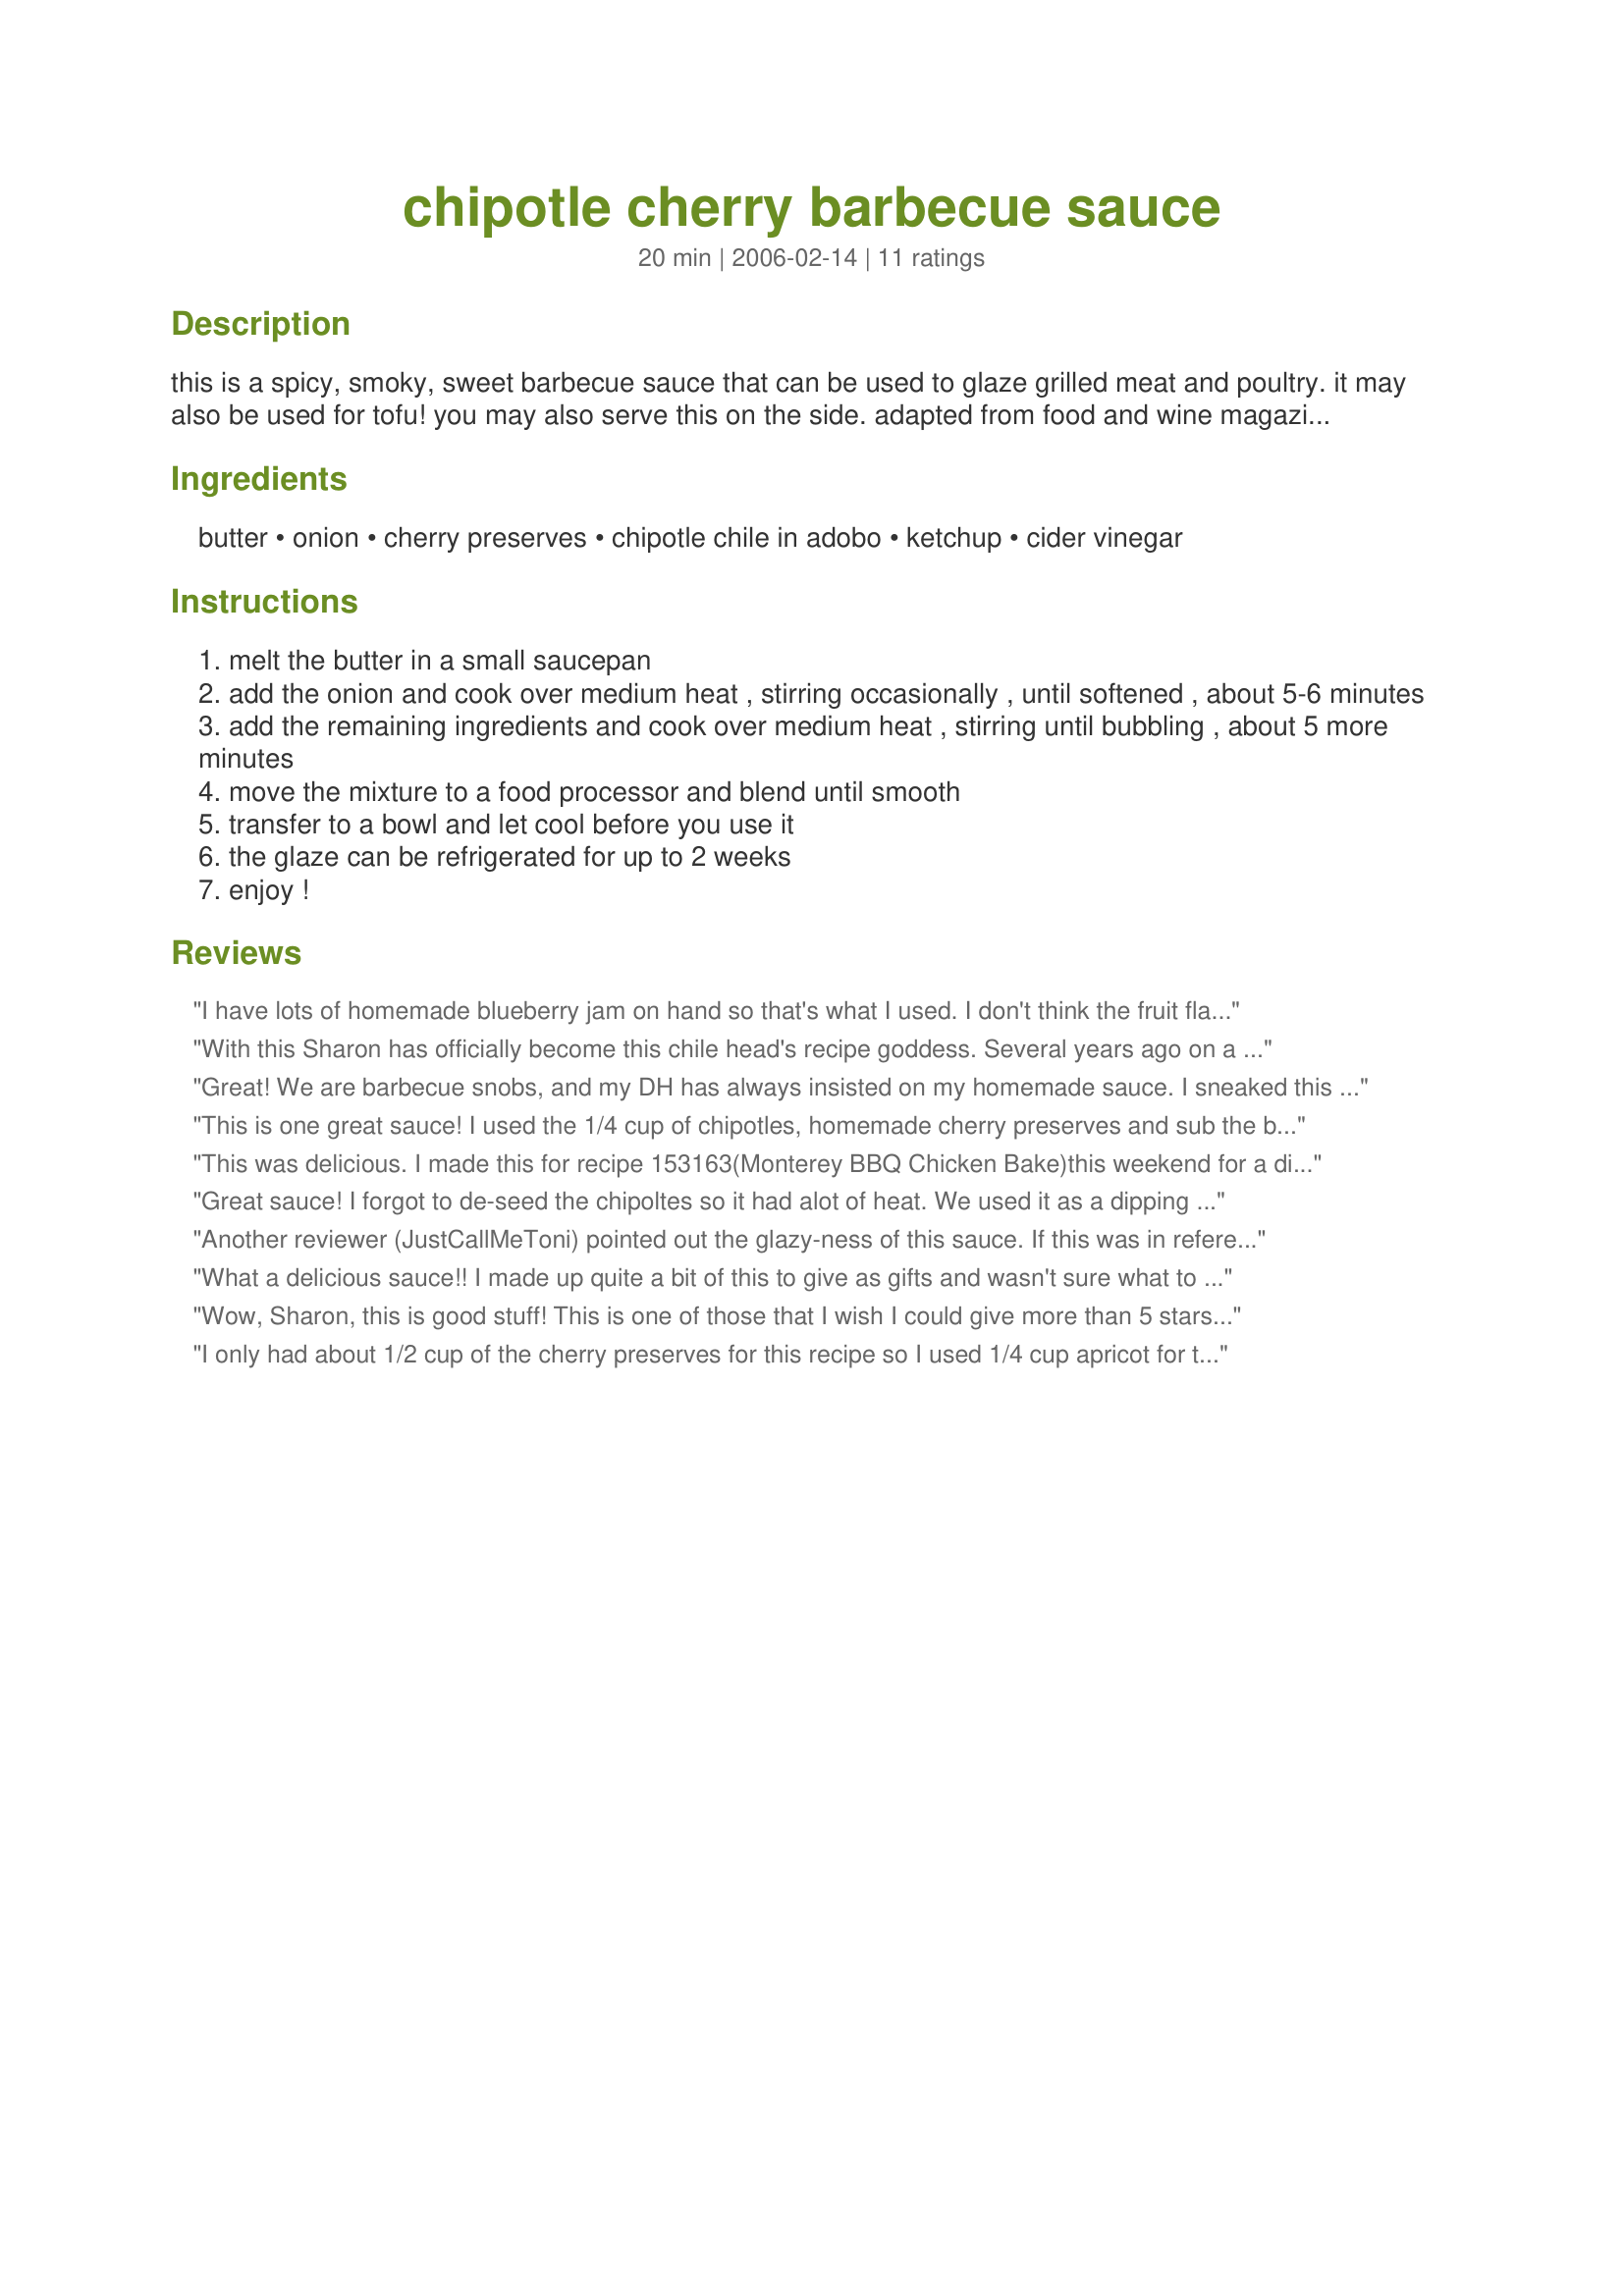
chipotle cherry barbecue sauce
Preparation time: 20 minutes

this is a spicy, smoky, sweet barbecue sauce that can be used to glaze grilled meat and poultry. it may also be used for tofu! you may also serve this on the side. adapted from food and wine magazine. a mexican spanish inspired recipe!

Ingredients:
butter, onion, cherry preserves, chipotle chile in adobo, ketchup, cider vinegar

Steps:
melt the butter in a small saucepan
add the onion and cook over medium heat , stirring occasionally , until softened , about 5-6 minutes
add the remaining ingredients and cook over medium heat , stirring until bubbling , about 5 more minutes
move the mixture to a food processor and blend until smooth
transfer to a bowl and let cool before you use it
the glaze can be refrigerated for up to 2 weeks
enjoy !

Reviews:
I have lots of homemade blueberry jam on hand so that's what I used. I don't think the fruit flavor matters a whole lot because the chipotle, ketchup and vinegar rather overwhelms it. I used olive oil rather than butter. The sauce was great with pulled pork sandwiches.
With this Sharon has officially become this chile head's recipe goddess. Several years ago on a trip to Albuquerque I bought some raspberry chipoltle BBQ sauce which I just looved. So much so I began hoarding it as the end of the sauce neared. This has a little more of a glazed look, but captures the same sweet-spicy-tangy combination that makes my tastebuds zing. This is great as a sauce for meats but is also a great condiment for roasted potatoes or baked fries. I've also served it as a dipping sauce with chicken tidbits. You can also make a nice appetizer by spreading a layer of the sauce over some cream cheese and serving it with crackers. Can't wait to try this raspberry preserves or peach preserves. Should mention that I replaced the butter with 2 teaspoons of olive oil and a tablespoon of vegetable broth. All broth would have worked just as well.
Great! We are barbecue snobs, and my DH has always insisted on my homemade sauce. I sneaked this one in on Father&#039;s Day to go with his slow smoked ribs. A huge hit! Thank you very much! Another sauce in my BBQ arsenal!
This is one great sauce!
I used the 1/4 cup of chipotles, homemade cherry preserves and sub the butter with olive oil. I put it on chicken but I can see and taste this on EVERYthing!! Thank you Sharon!
This was delicious. I made this for recipe 153163(Monterey BBQ Chicken Bake)this weekend for a dinner party. I had 2 diabetic folks, so I used low sugar preserves and reduced sugar ketsup.
I can't wait to try it on some bbq chicken on the grill...Thanks for a great bbq sauce. I will get a lot of use out of this one..
Great sauce! I forgot to de-seed the chipoltes so it had alot of heat. We used it as a dipping sauce for a roast chicken and it was very enjoyable. Will bbq a boneless pork with it next. Thanks!
Another reviewer (JustCallMeToni) pointed out the glazy-ness of this sauce. If this was in reference to it being a bit thinner than the bottled version tried before, you could instead substitute this recipe&#039;s call for ketchup with tomato paste, simple sugar syrup (or corn syrup) &amp; seasonings usually found in Ketchup - So, you would be adding all the ingredients to make ketchup except for the water. This would thicken it up but keep all the flavor of the original recipe. Making Ketchup is really easy &amp; fast, so it wouldn&#039;t take much at all to add this step.&lt;br/&gt;Hope this helps! =&gt;
What a delicious sauce!! I made up quite a bit of this to give as gifts and wasn't sure what to expect, but it's so good!! Once the chopping is done, it cooks up quickly! I look forward to grilling with it instead of just nabbing tastes!! A really fun sauce!! Thanks, Sharon, I'm so glad I decided to try it!!
Wow, Sharon, this is good stuff! This is one of those that I wish I could give more than 5 stars. It was a perfect blend of sweet, savory, and hot, with that wonderful chipotle smokiness. I used this for dinner tonight on some broiled chicken, but next time, I want to use it in one of those crockpot shredded barbecue chicken recipes--makes my mouth water just thinking about it. Thanks for a winner!
I only had about 1/2 cup of the cherry preserves for this recipe so I used 1/4 cup apricot for the rest and this worked out great, I could eat this sauce with a spoon, it is *so* good, thank you for sharing this great recipe hon!...Kitten:)
My sauce turned out well, but as written, I would think this would be too sweet. I did not de-seed the chipotles and I left out the ketchup. I also added some granulated garlic. Since I was making these to bottle and give to friends, I used dried onion and made in the crock pot. I quadrupled the recipe, and this made enough to fill 2 old jelly jars and 1 old chili sauce bottle. Thanks for a good base recipe.
